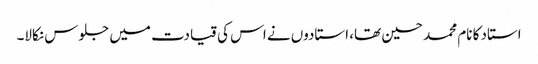
استاد کا نام محمد حسین تھا، استادوں نے اس کی قیادت میں جلوس نکالا۔